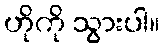
ဟိုကို သွားပါ။